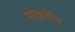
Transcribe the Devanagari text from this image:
संक्रांति